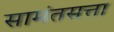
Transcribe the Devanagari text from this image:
सामंतसत्ता